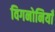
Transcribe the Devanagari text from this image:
विगनोनियाँ